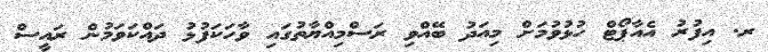
ރ. އިފުރު އެއާޕޯޓް ހުޅުވުމަށް މިއަދު ބޭއްވި ރަސްމިއްޔާތުގައި ވާހަކަފުޅު ދައްކަވަމުން ރައީސް